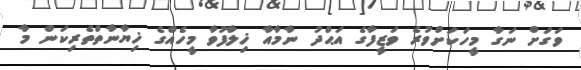
ވަގަށް ނަގާ މީހަކަށްވުރެ ވަޒީފާގެ އަޙްދު ނާމާއާ ޚިލާފުވާ މީހެއްގެ ޚިޔާނާތްތެރިކަން މާ